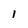
Character: l